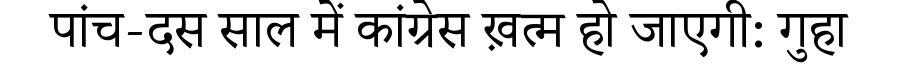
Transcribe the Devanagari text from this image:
पांच-दस साल में कांग्रेस ख़त्म हो जाएगी: गुहा